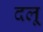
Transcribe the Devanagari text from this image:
दलू